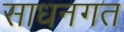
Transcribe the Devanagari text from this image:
साधनगत